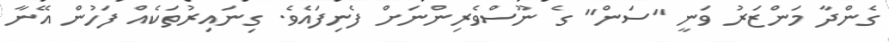
ގެންދާ މަންޒަރު ވަނީ "ސަން" ގެ ނޫސްވެރިންނަށް ފެނިފައެވެ. ގިނައިރުތަކެއް ފަހުން އޭނާ